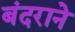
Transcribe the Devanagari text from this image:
बंदराने